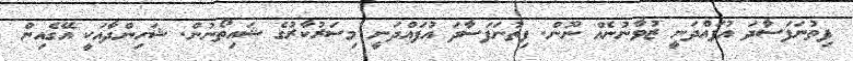
ފިތުނަފަސާދަ އުފައްދަނީ ޒުވާނުނެއް ނޫން. ފިތުނަފަސާދަ އުފައްދަނީ މިސަރުކާރުގެ ޝައިތޯނުން. ޝަހިންދާއަކީ އޭގެއިން